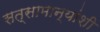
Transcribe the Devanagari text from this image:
सत्सामान्यांशी